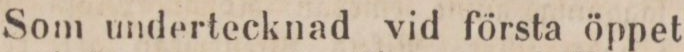
Som undertecknad vid första öppet